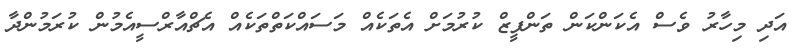
އަދި މިހާރު ވެސް އެކަންކަން ތަންފީޒް ކުރުމަށް އެތަކެއް މަސައްކަތްތަކެއް އެޗްއާރްސީއެމުން ކުރަމުންދާ